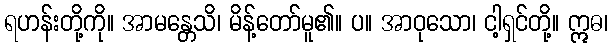
ရဟန်းတို့ကို။ အာမန္တေသိ၊ မိန့်တော်မူ၏။ ပ။ အာဝုသော၊ ငါ့ရှင်တို့။ ဣဓ၊